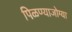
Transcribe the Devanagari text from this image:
पिळण्याजोग्या